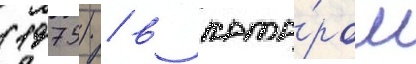
(1975) / в кото́ром